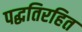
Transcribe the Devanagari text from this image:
पद्धतिरहित